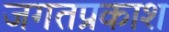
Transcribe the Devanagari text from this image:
जगतप्रकाश